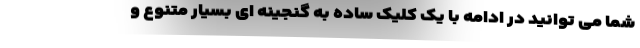
شما می توانید در ادامه با یک کلیک ساده به گنجینه ای بسیار متنوع و